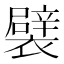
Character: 襞